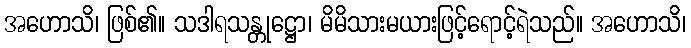
အဟောသိ၊ ဖြစ်၏။ သဒါရသန္တုဋ္ဌော၊ မိမိသားမယားဖြင့်ရောင့်ရဲသည်။ အဟောသိ၊